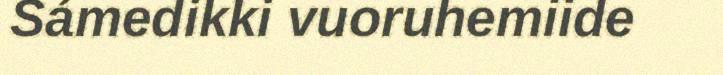
Sámedikki vuoruhemiide